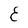
Character: E